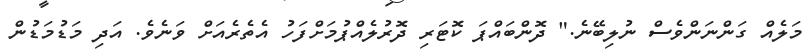
މަލެއް ގަންނަންވެސް ނުލިބޭނެ." ދޮންބައްޕަ ކޮޓަރި ދޮރުލެއްޕުމަށްފަހު އެތެރެއަށް ވަނެވެ. އަދި މަޑުމަޑުން